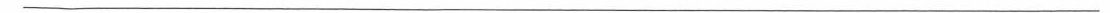
___